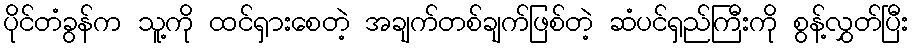
ပိုင်တံခွန်က သူ့ကို ထင်ရှားစေတဲ့ အချက်တစ်ချက်ဖြစ်တဲ့ ဆံပင်ရှည်ကြီးကို စွန့်လွှတ်ပြီး